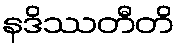
နဒိဿတီတိ